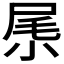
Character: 𡱵